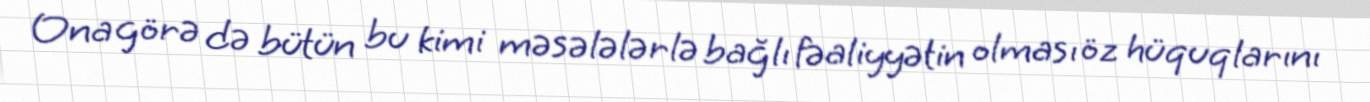
Ona görə də bütün bu kimi məsələlərlə bağlı fəaliyyətin olması öz hüquqlarını